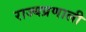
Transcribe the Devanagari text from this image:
राज्यप्रणाली